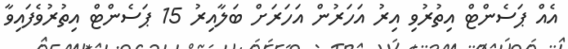
އެއް ޕަސެންޓް އިތުރުވި އިރު އަހަރުން އަހަރަށް ބަލާއިރު 15 ޕަސެންޓް އިތުރުވެފައިވާ